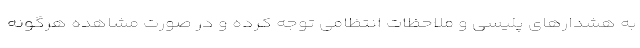
به هشدارهای پلیسی و ملاحظات انتظامی توجه کرده و در صورت مشاهده هرگونه